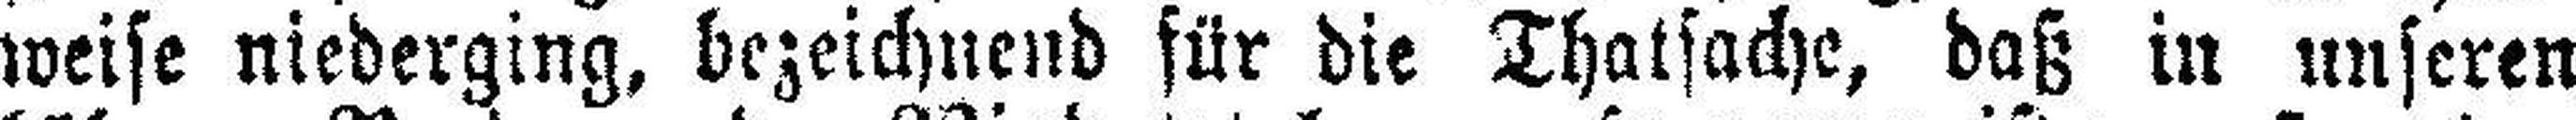
weise niederging, bezeichnend für die Thatsache, daß in unseren